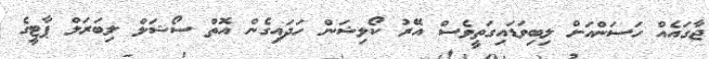
ޖާގައެއް ހަސަންއަށް ލިބިވަޑައިގަތީވެސް އޭރު ކޯލިޝަން ހަދައިގެން އޮތް ސޯޝަލް ލިބަރަލް ޕާޓީގެ